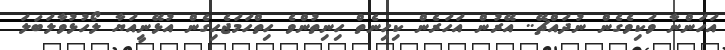
އަހަންނާ ވަކިވެގެން ނުދައްޗޭ.. އޭރުން އަހަރެން ކިހިނެތް ހިނިތުންވެ ހިތްހަމަޖެހިގެން އުޅޭނީއަޔާ ލޯހުޅުވާލަބަލަ